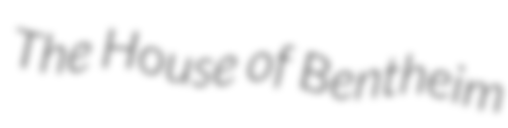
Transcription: The House of Bentheim